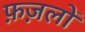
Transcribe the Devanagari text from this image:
फ़ज़लों